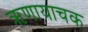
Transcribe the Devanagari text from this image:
ऋणायाचक